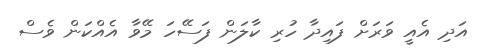
އަދި އެއީ ވަރަށް ފައިދާ ހުރި ކާލަން ފަސޭހަ މޭވާ އެއްކަން ވެސް